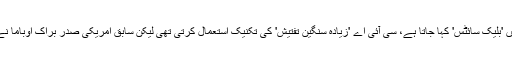
بیرون ملک خفیہ مقامات پر جنھیں 'بلیک سائٹس' کہا جاتا ہے، سی آئی اے 'زیادہ سنگین تفتیش' کی تکنیک استعمال کرتی تھی لیکن سابق امریکی صدر براک اوباما نے ایسے بند کرنے کا حکم دیا تھا۔